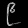
Digit: ၉